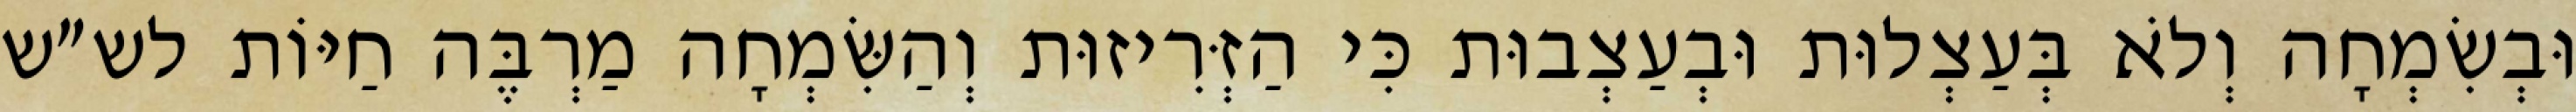
וּבְשִׂמְחָה וְלֹא בְּעַצְלוּת וּבְעַצְבוּת כִּי הַזְּרִיזוּת וְהַשִּׂמְחָה מַרְבֶּה חַיּוֹת לש״ש